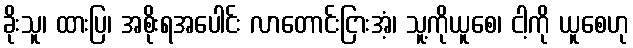
ခိုးသူ၊ ထားပြ၊ အစိုးရအပေါင်း လာတောင်းငြားအံ့၊ သူ့ကိုယူစေ၊ ငါ့ကို ယူစေဟု